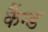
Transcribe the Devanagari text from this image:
कैंन्ड